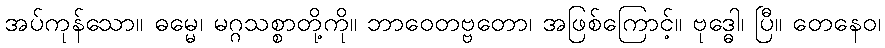
အပ်ကုန်သော။ ဓမ္မေ၊ မဂ္ဂသစ္စာတို့ကို။ ဘာဝေတဗ္ဗတော၊ အဖြစ်ကြောင့်။ ဗုဒ္ဓေါ၊ ပြီ။ တေနေဝ၊